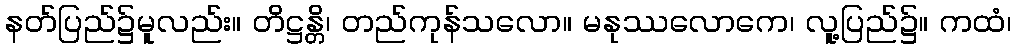
နတ်ပြည်၌မူလည်း။ တိဋ္ဌန္တိ၊ တည်ကုန်သလော။ မနုဿလောကေ၊ လူ့ပြည်၌။ ကထံ၊